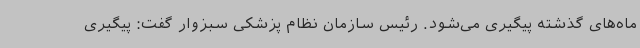
ماه‌های گذشته پیگیری می‌شود. رئیس سازمان نظام پزشکی سبزوار گفت: پیگیری